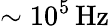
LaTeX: \sim 10^{5}\, \mathrm{{Hz}}